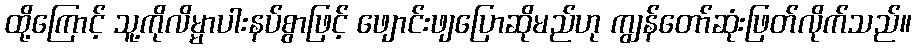
ထို့ကြောင့် သူ့ကိုလိမ္မာပါးနပ်စွာဖြင့် ဖျောင်းဖျပြောဆိုမည်ဟု ကျွန်တော်ဆုံးဖြတ်လိုက်သည်။